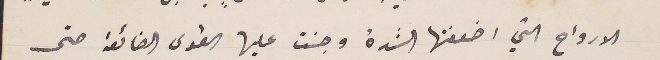
الارواح التي اضعفتها الشدة وجنت علييها القوى الضائعة حتى